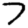
Digit: 7